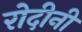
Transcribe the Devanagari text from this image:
रोदीनी